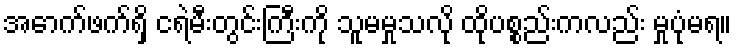
အောက်ဖက်ရှိ ငရဲမီးတွင်းကြီးကို သူမမှုသလို ထိုပစ္စည်းကလည်း မှုပုံမရ။